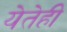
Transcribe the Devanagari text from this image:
येतेही